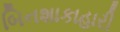
બિનશાકાહારી